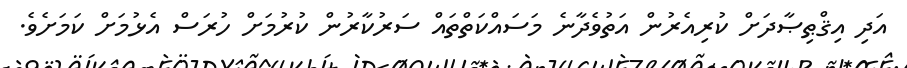
އަދި އިޤްޠިޞާދަށް ކުރިއެރުން އަތުވެދާނެ މަސައްކަތްތައް ސަރުކާރުން ކުރުމަށް ހުރަސް އެޅުމަށް ކަމަށެވެ.